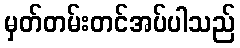
မှတ်တမ်းတင်အပ်ပါသည်